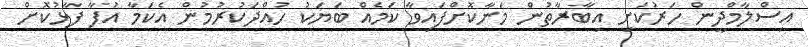
އިސްލާމްދީން ހަރުކަށި އިބާރާތުން މަނާކޮށްފައިވާ ކަމެއް ބަޔަކު ހުއްދަކުރުމުން އެކަމާ އުފާ ފާޅުކޮށް